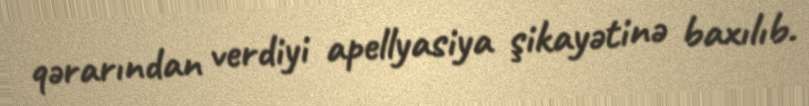
qərarından verdiyi apellyasiya şikayətinə baxılıb.